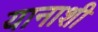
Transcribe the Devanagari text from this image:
यानाशी